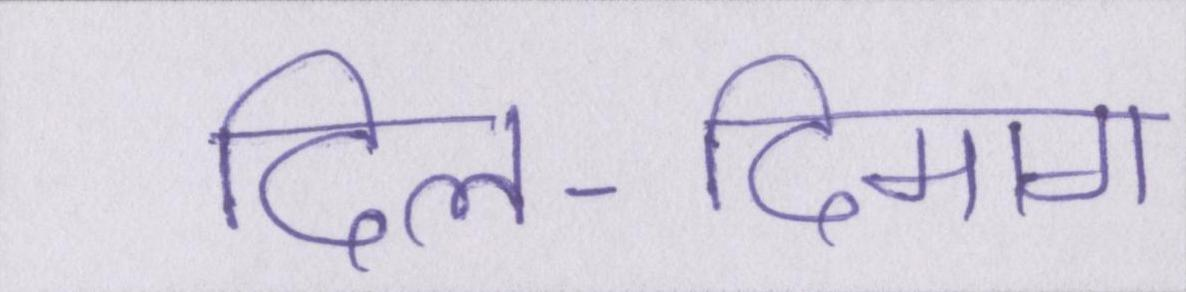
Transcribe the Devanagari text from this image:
दिल-दिमाग